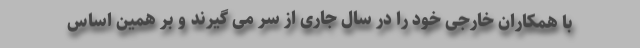
با همکاران خارجی خود را در سال جاری از سر می گیرند و بر همین اساس